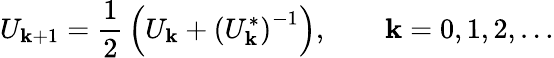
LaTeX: U_{\mathbf{k}+1}={\frac{{1}}{{2}}}\left(U_{\mathbf{k}}+\left(U_{\mathbf{k}}^{*}\right)^{-1}\right),\qquad\mathbf{k}=0,1,2,\ldots